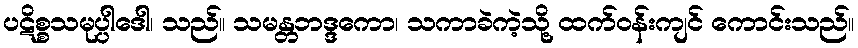
ပဋိစ္စသမုပ္ပါဒေါ၊ သည်။ သမန္တဘဒ္ဒကော၊ သကာခဲကဲ့သို့ ထက်ဝန်းကျင် ကောင်းသည်။